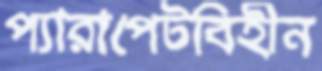
প্যারাপেটবিহীন